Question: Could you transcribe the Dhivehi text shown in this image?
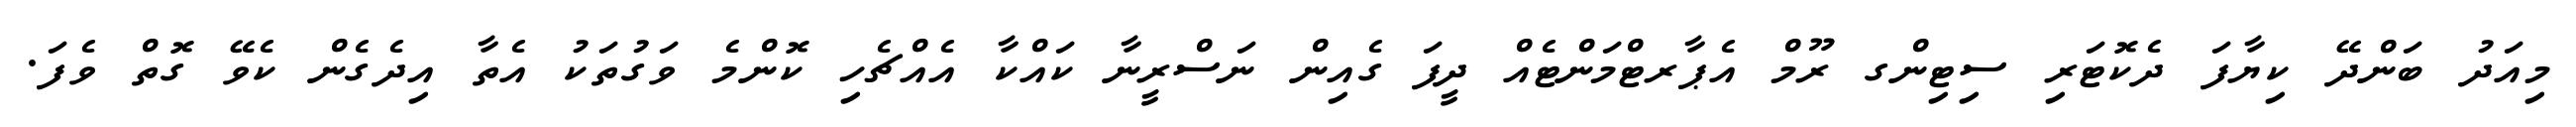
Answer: މިއަދު ބަންދޭ ކިޔާފަ ދެކޮޓަރި ސިޓިންގ ރޫމް އެޕާރޓްމަންޓެއް ދީފަ ގެއިން ނަސްރީނާ ކައްކާ އެއްޗެހި ކޮންމެ ވަގުތަކު އެތާ އިދެގެން ކެވޭ ގޮތް ވެފަ.